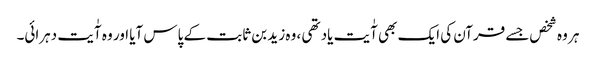
ہر وہ شخص‌جسے قرآن کی ایک بھی آٰیت یاد تھی ، وہ زید بن ثابت کے پاس آیا اور وہ آٰیت دہرائی۔